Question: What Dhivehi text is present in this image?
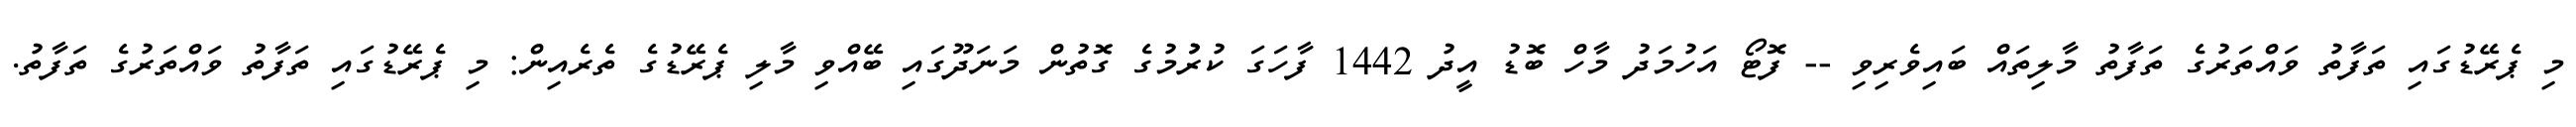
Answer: މި ޕެރޭޑުގައި ތަފާތު ވައްތަރުގެ ތަފާތު މާލިތައް ބައިވެރިވި -- ފޮޓޯ އަހުމަދު މާހް ބޮޑު އީދު 1442 ފާހަގަ ކުރުުމުގެ ގޮތުން މަނަދޫގައި ބޭއްވި މާލި ޕެރޭޑުގެ ތެރެއިން: މި ޕެރޭޑުގައި ތަފާތު ވައްތަރުގެ ތަފާތު.